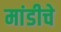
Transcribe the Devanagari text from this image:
मांडीचे